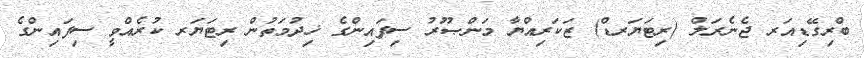
ބްރިގޭޑިއަރ ޖެނެރަލް (ރިޓަޔަރޑް) ޒަކަރިއްޔާ މަންޞޫރު ސިފައިންގެ ޚިދުމަތުން ރިޓަޔަރ ކުރެއްވީ ސިފައިންގެ